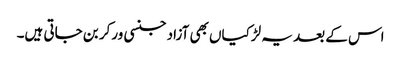
اس کے بعد یہ لڑکیاں بھی آزاد جنسی ورکر بن جاتی ہیں۔